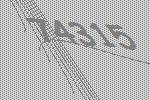
74315